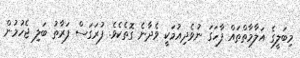
މިބަލީގެ އަލާމާތްތައް ފާހަގަ ނުވެދިއުމަކީ ވެދާނެ ގޮތެކެވެ. ފުރަގަސް ފަރާތު ބަލި ޖެހުމުން